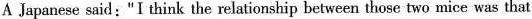
A Japanese said:"I think the relationship between those two mice was that